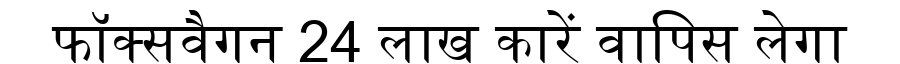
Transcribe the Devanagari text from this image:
फॉक्सवैगन 24 लाख कारें वापिस लेगा